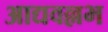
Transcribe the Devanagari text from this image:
आद्यवल्लभ